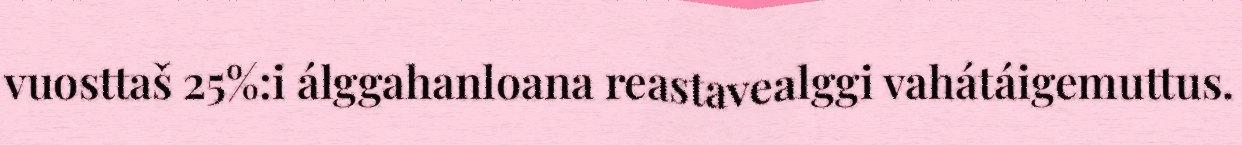
vuosttaš 25%:i álggahanloana reastavealggi vahátáigemuttus.